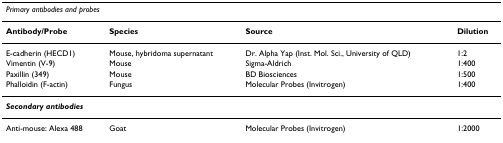
| <COLSPAN=4> Primary antibodies and probes |
 | --- | --- | --- | --- |
 | Antibody/Probe | Species | Source | Dilution |
 | E-cadherin (HECD1) | Mouse, hybridoma supernatant | Dr. Alpha Yap (Inst. Mol. Sci., University of QLD) | 1:2 |
 | Vimentin (V-9) | Mouse | Sigma-Aldrich | 1:400 |
 | Paxillin (349) | Mouse | BD Biosciences | 1:500 |
 | Phalloidin (F-actin) | Fungus | Molecular Probes (Invitrogen) | 1:400 |
 | <COLSPAN=4> Secondary antibodies |
 | Anti-mouse: Alexa 488 | Goat | Molecular Probes (Invitrogen) | 1:2000 |